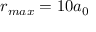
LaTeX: r _ { m a x } = 1 0 a _ { 0 }